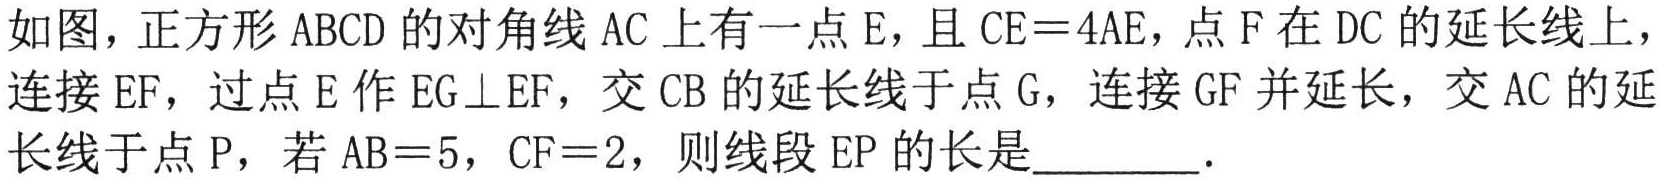
如图，正方形 \(ABCD\) 的对角线 \(AC\) 上有一点 \(E\)，且 \(CE = 4AE\)，点 \(F\) 在 \(DC\) 的延长线上，连接 \(EF\)，过点 \(E\) 作 \(EG\perp EF\)，交 \(CB\) 的延长线于点 \(G\)，连接 \(GF\) 并延长，交 \(AC\) 的延长线于点 \(P\)，若 \(AB = 5\)，\(CF = 2\)，则线段 \(EP\) 的长是________．